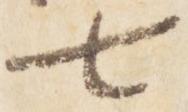
七